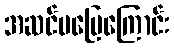
အဆင်မပြေကြောင်း